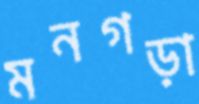
মনগড়া